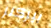
بيركنز